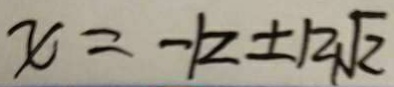
x = - k \pm 1 2 \sqrt { 2 }